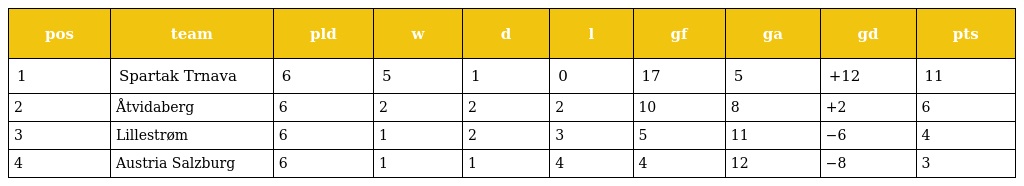
| pos | team | pld | w | d | l | gf | ga | gd | pts |
 | --- | --- | --- | --- | --- | --- | --- | --- | --- | --- |
 | 1 | Spartak Trnava | 6 | 5 | 1 | 0 | 17 | 5 | +12 | 11 |
 | 2 | Åtvidaberg | 6 | 2 | 2 | 2 | 10 | 8 | +2 | 6 |
 | 3 | Lillestrøm | 6 | 1 | 2 | 3 | 5 | 11 | −6 | 4 |
 | 4 | Austria Salzburg | 6 | 1 | 1 | 4 | 4 | 12 | −8 | 3 |